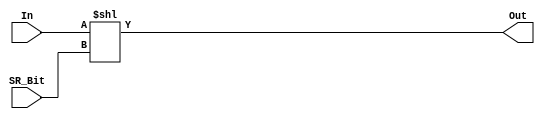
module left_shifter (In, SR_Bit, Out);
    parameter N = 32;

    input [N-1:0] In;
    input [4:0] SR_Bit;
    output wire [N-1:0] Out;
    
    assign Out = In << SR_Bit;
endmodule